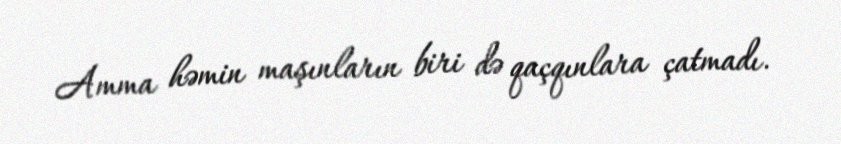
Amma həmin maşınların biri də qaçqınlara çatmadı.